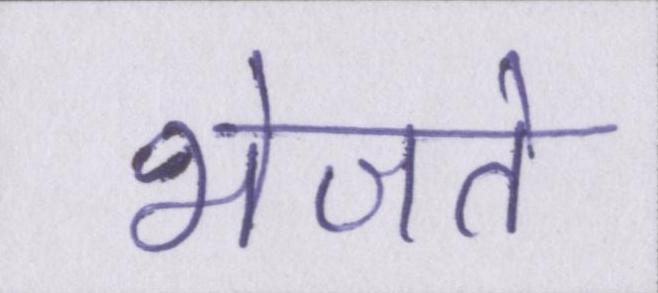
भेजते